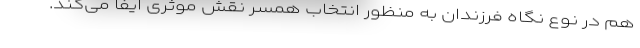
هم در نوع نگاه فرزندان به منظور انتخاب همسر نقش موثری ایفا می‌کند.